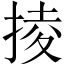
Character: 掕